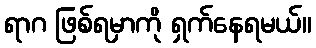
ရာဂ ဖြစ်ရမှာကို ရှက်နေရမယ်။